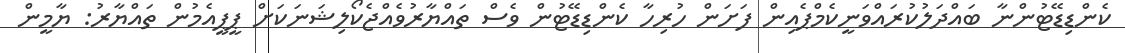
ކެންޑިޑޭޓުންނާ ބައްދަލުކުރައްވަނީކެމްޕެއިން ފަށަން ހުރިހާ ކެންޑިޑޭޓުން ވެސް ތައްޔާރުވެއްޖެކޯލިޝަނަކަށް ޕީޕީއެމުން ތައްޔާރު: ޔާމީން